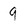
Character: 9